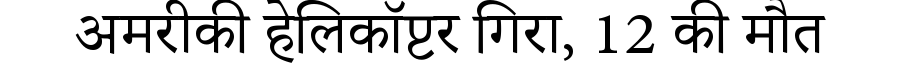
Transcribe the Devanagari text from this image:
अमरीकी हेलिकॉप्टर गिरा, 12 की मौत